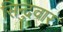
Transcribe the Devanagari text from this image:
सिन्दुवार